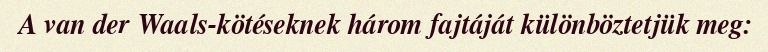
A van der Waals-kötéseknek három fajtáját különböztetjük meg: